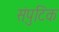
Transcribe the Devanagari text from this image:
संपुटिक